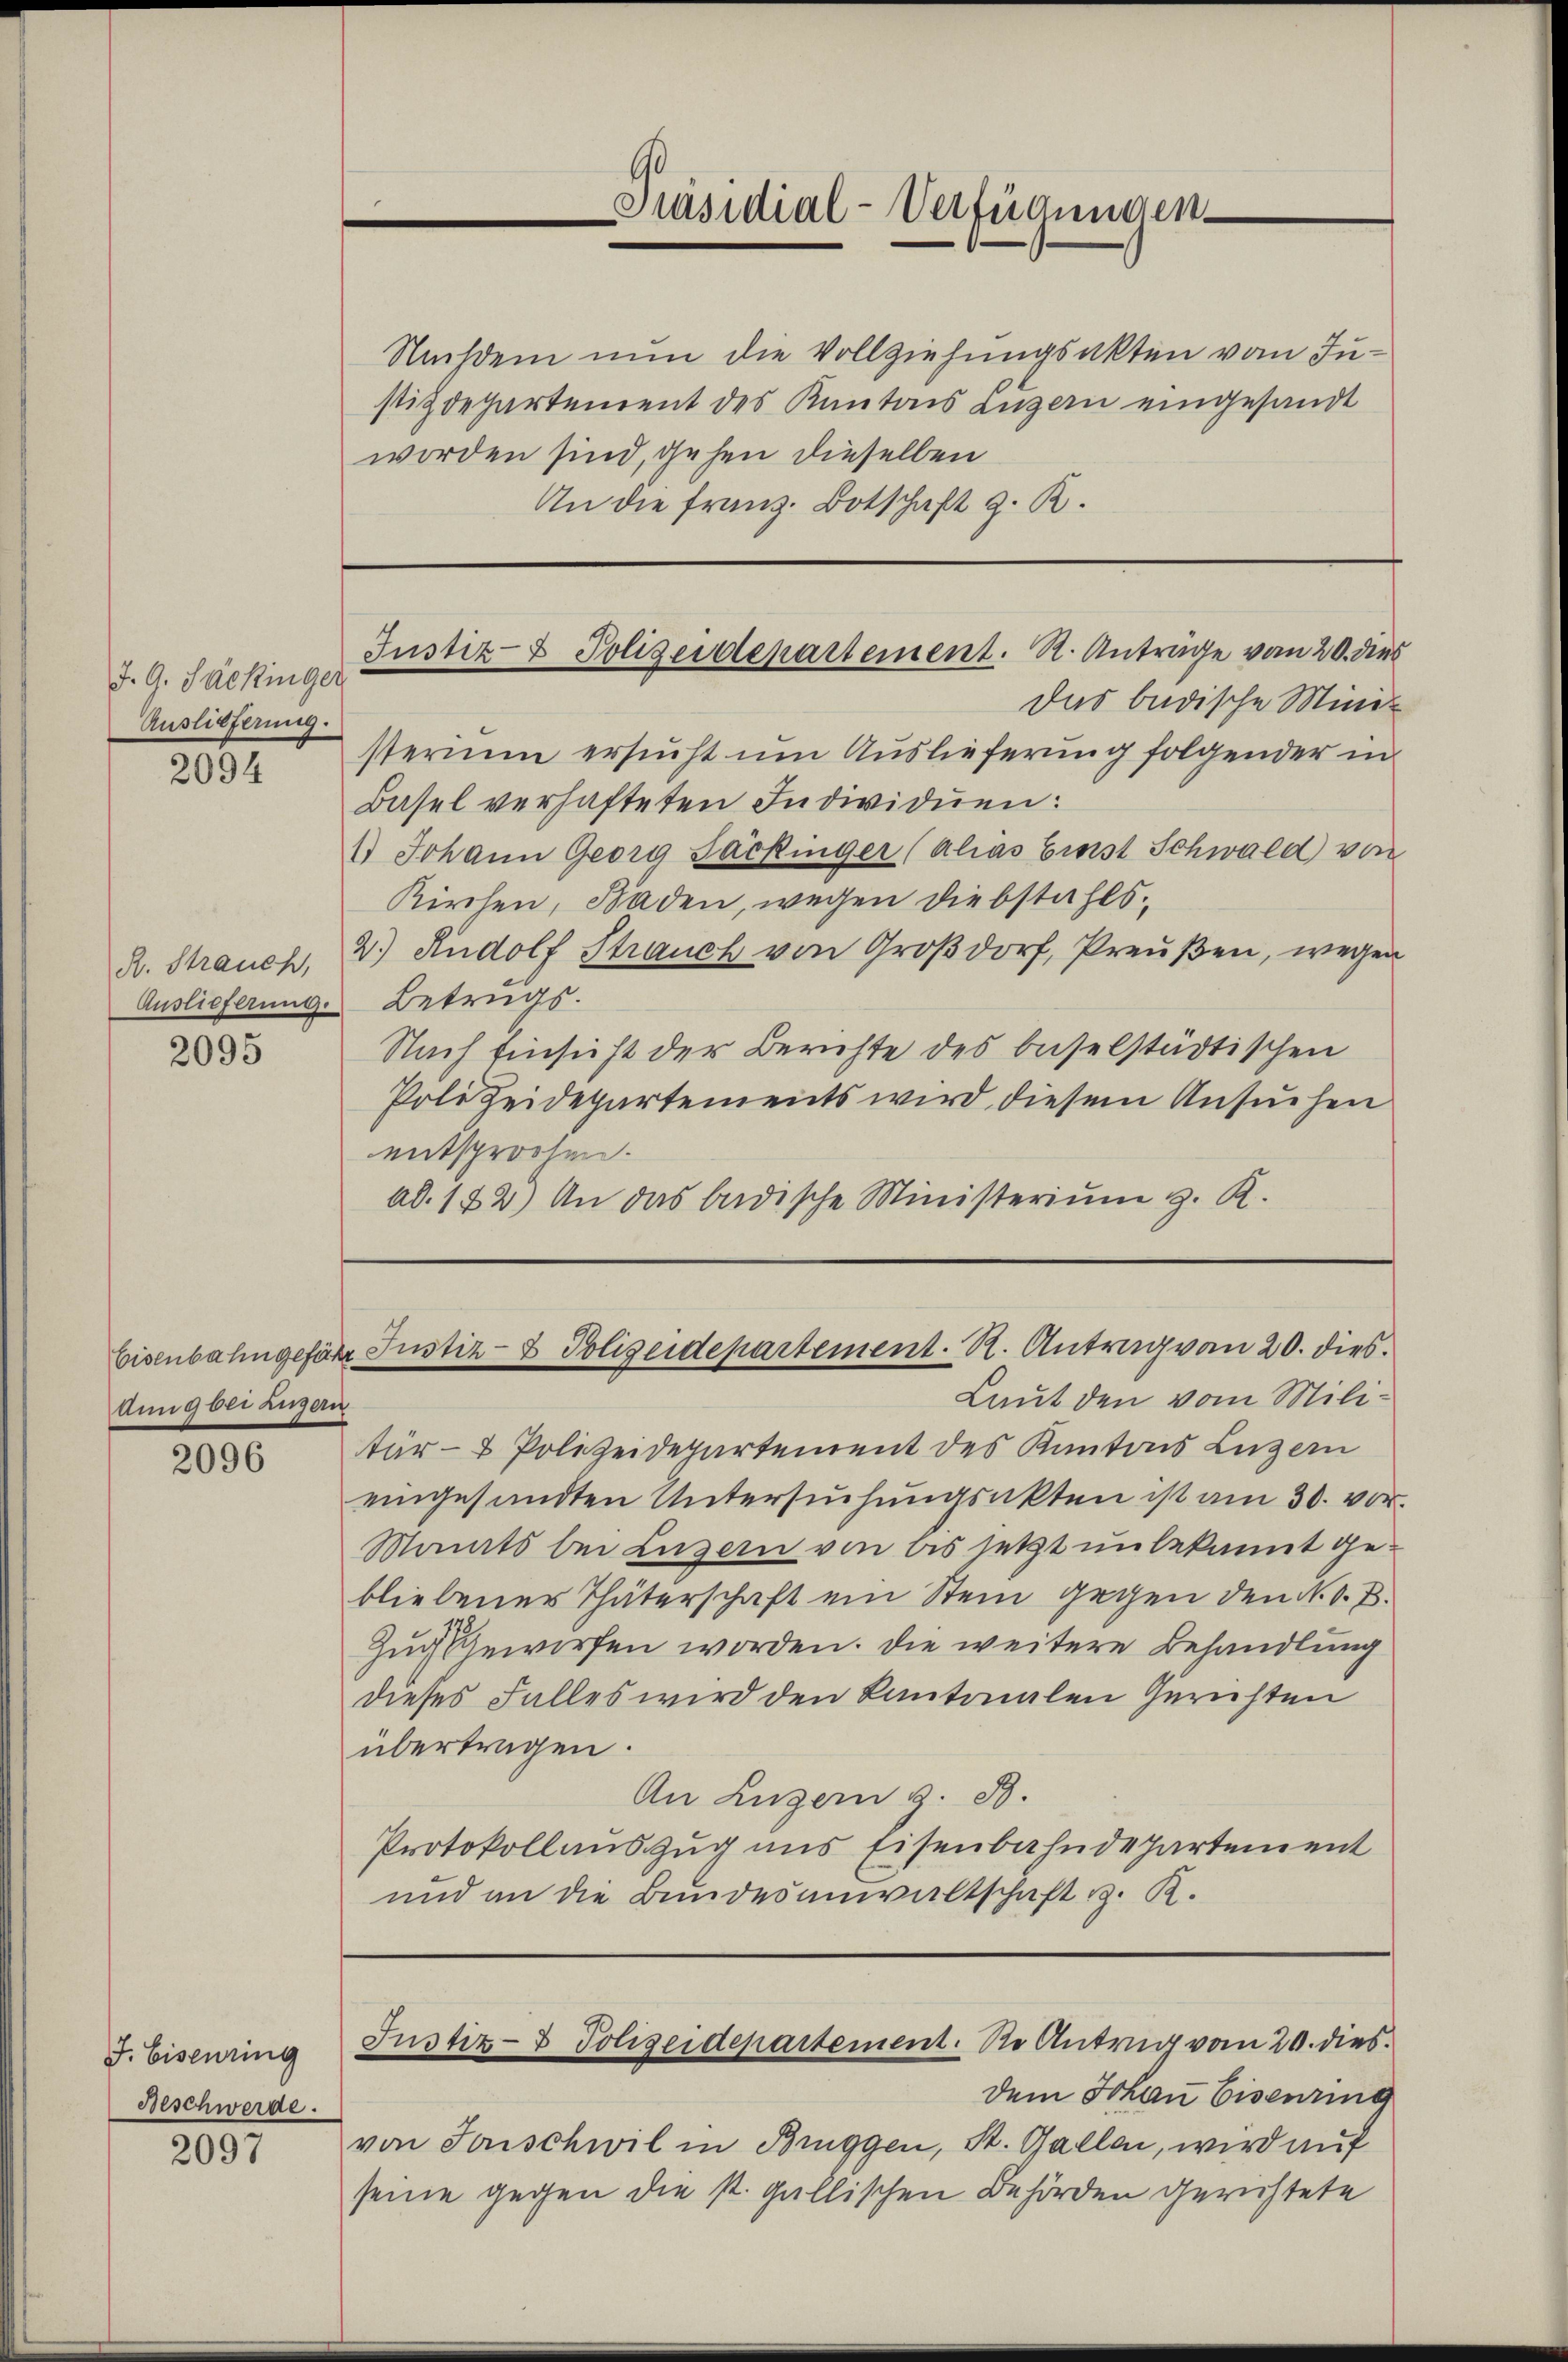
J. G. Sackinger
Auslieferung.

2094

2095

dung bei Zugern

2096

J. Eisenring
Beschwerde.

2097

Präsidial-Verfügungen.

Das badische Ministerium ersucht um Auslieferung folgender in
Basel verhafteten Individuen:
1.) Johann Georg Lackinger (alias Einst Schwald von
Kirchen, Baden, wegen Diebstahls¬
R. Strauch, 2.) Rudolf Strauch von Großdorf, Preußen, wegen
Auslieferung. Betrugs.
Nach Einsicht der Berichte des baselstädtischen
Polizeidepartements wird diesem Ansuchen
entsprochen.
ad. 182) An das badische Ministerium z. R.

Justiz- & Polizeidepartement. R. Anträge vom 20. dies

Nachdem nun die Vollziehungsakten vom Justizdepartement des Kantons Luzern eingesandt
worden sind, gehen dieselben
An die franz. Botschaft z. B.

Eisenbahngefähr Justiz- & Polizeidepartement. R. Antrag von 20. dies

Laut den vom Militär- & Polizeidepartement des Kantons Luzern
eingesandten Untersŭchŭngsakten ist am 30. vor.
Mamts bei Luzern von bis jetzt unbekannt gebliebener Thäterschaft ein Stein gegen den N. O. B.
Zug geworfen worden. Die weitere Behandlung
dieses Falles wird den Kantonalen Gerichten
übertragen.
An Luzern z. B.
Protokollauszug uns Eisenbahndepartement
und an die Bundesanwaltschaft v. R.

dem Johan Eisenring
von Senschwil in Brüggen, St. Galle, wird auf
seine gegen die st. gallischen Behörden gerichtete

Justiz- & Polizeidepartement. So Antrag vom 20. dies